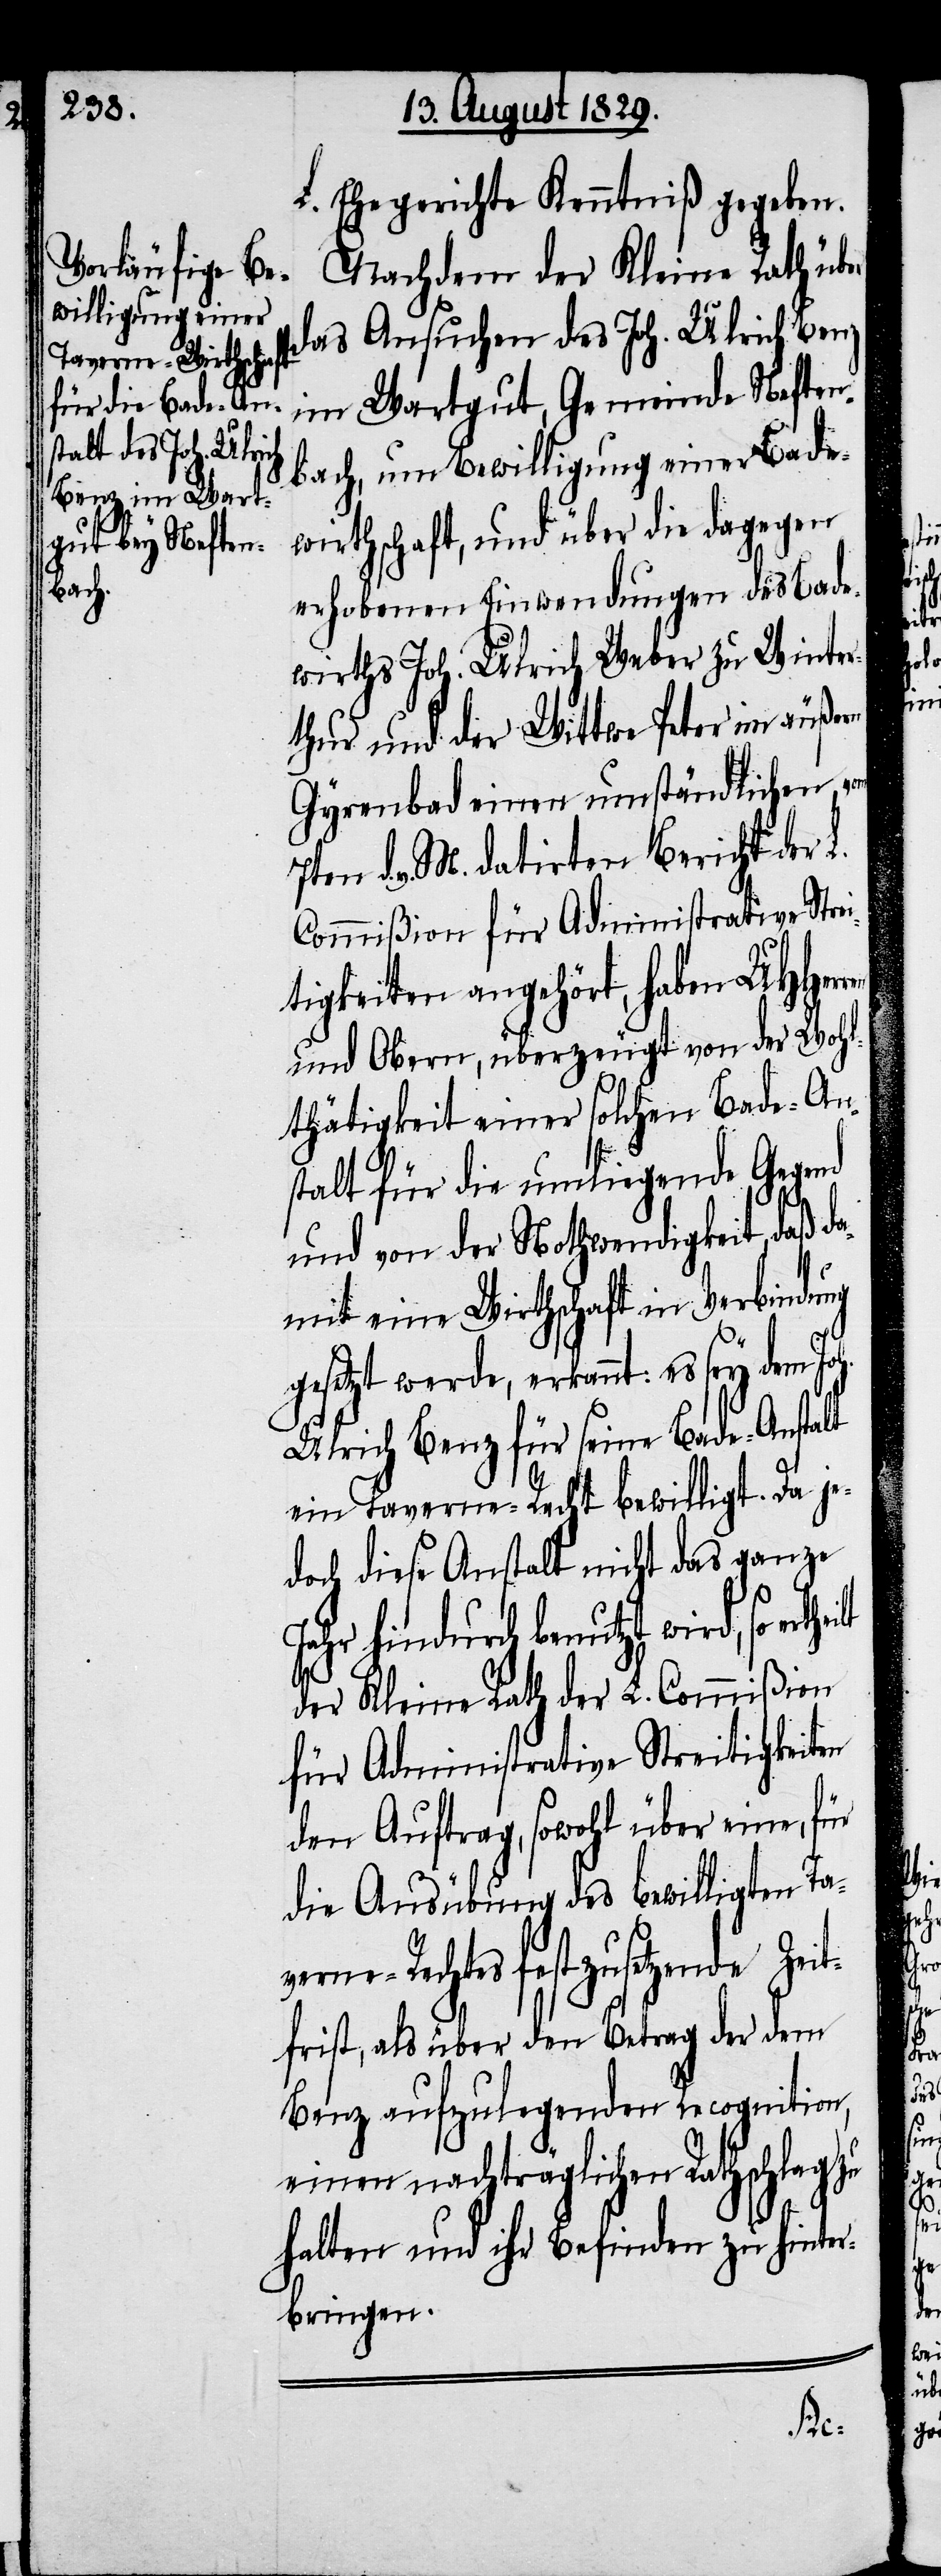
L. Ehegerichte Kenntniß gegeben.
Nachdem der Kleine Rath über
das Ansuchen des Joh. Ulrich Benz
im Wartgut, Gemeinde Neften¬
bach, um Bewilligung einer Bade¬
wirthschaft, und über die dagegen
erhobenen Einwendungen des Bade¬
wirths Joh. Ulrich Weber zu Winter¬
thur und der Wittwe Peter im äußern
Gyrenbad einen umständlichen, v¬
d. v. M. datirten Bericht der
Commißion für Administrative Stre¬
itigkeiten angehört, haben UHHerr¬
und Obern, überzeugt von der Wohl¬
thätigkeit einer solchen Bade-An¬
stalt für die umliegende Gegend
und von der Nothwendigkeit, daß d¬
amit eine Wirthschaft in Verbindung
gesetzt werde, erkannt: es sey dem Joh.
Ulrich Benz für seine Bade-Anstalt
ein Taverne-Recht bewilligt. Da je¬
doch diese Anstalt nicht das ganze
Jahr hindurch benutzt wird, so e¬
der Kleine Rath der L. Commißion
für Administrative Streitigkeiten
den Auftrag, sowohl über eine, für
die Ausübung des bewilligten Ta¬
verne-Rechtes festzusetzende Zeit¬
frist, als über den Betrag der dem
Benz aufzulegenden Recognition,
einen nachträglichen Rathschlag zu
halten und ihr Befinden zu hinter¬
bringen.

rth¬
eilt